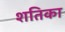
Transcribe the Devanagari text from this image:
शतिका